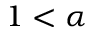
1 < \alpha